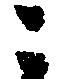
ニ